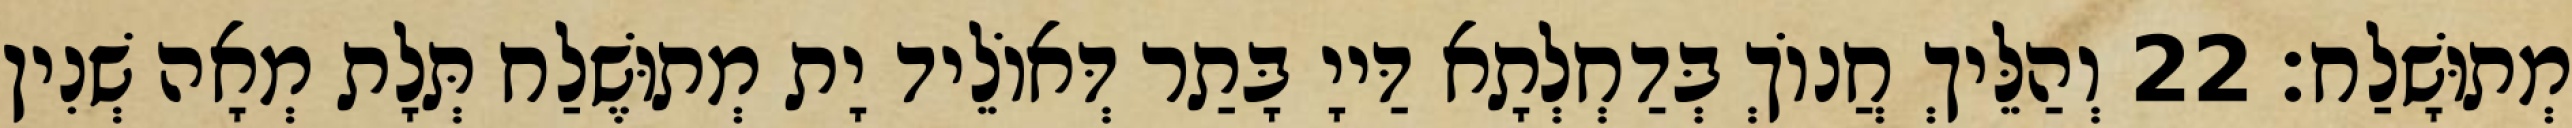
מְתוּשָׁלַח׃ 22 וְהַלֵּיךְ חֲנוֹךְ בְּדַחְלְתָא דַּייָ בָּתַר דְּאוֹלֵיד יָת מְתוּשֶׁלַח תְּלָת מְאָה שְׁנִין